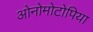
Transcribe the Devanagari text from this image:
ओनोमोटोपिया